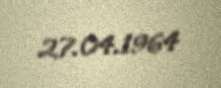
27.04.1964